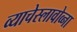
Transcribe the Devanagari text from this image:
व्याचेस्लावोव्ना